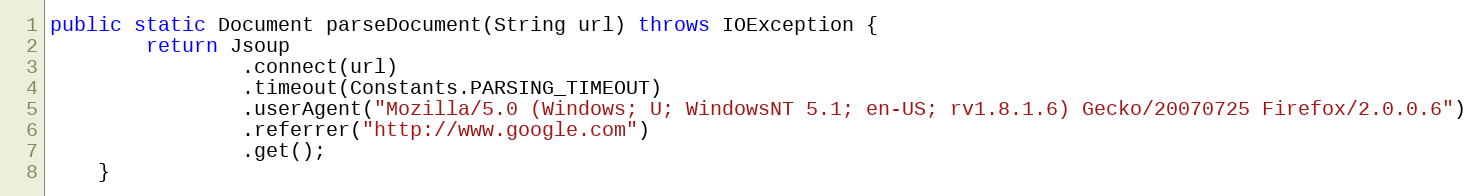
Language: Java
public static Document parseDocument(String url) throws IOException {
        return Jsoup
                .connect(url)
                .timeout(Constants.PARSING_TIMEOUT)
                .userAgent("Mozilla/5.0 (Windows; U; WindowsNT 5.1; en-US; rv1.8.1.6) Gecko/20070725 Firefox/2.0.0.6")
                .referrer("http://www.google.com")
                .get();
    }